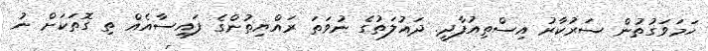
ހަމަވަގުތުން ސަރުކާރު އިސްތިއުފާދީ. ދައުލަތުގެ ނުވަތަ ރައްޔިތުންގެ ފައިސާއެއް ތި ގޮތަކަށް ނު